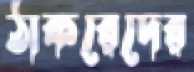
ঠাকরেদের